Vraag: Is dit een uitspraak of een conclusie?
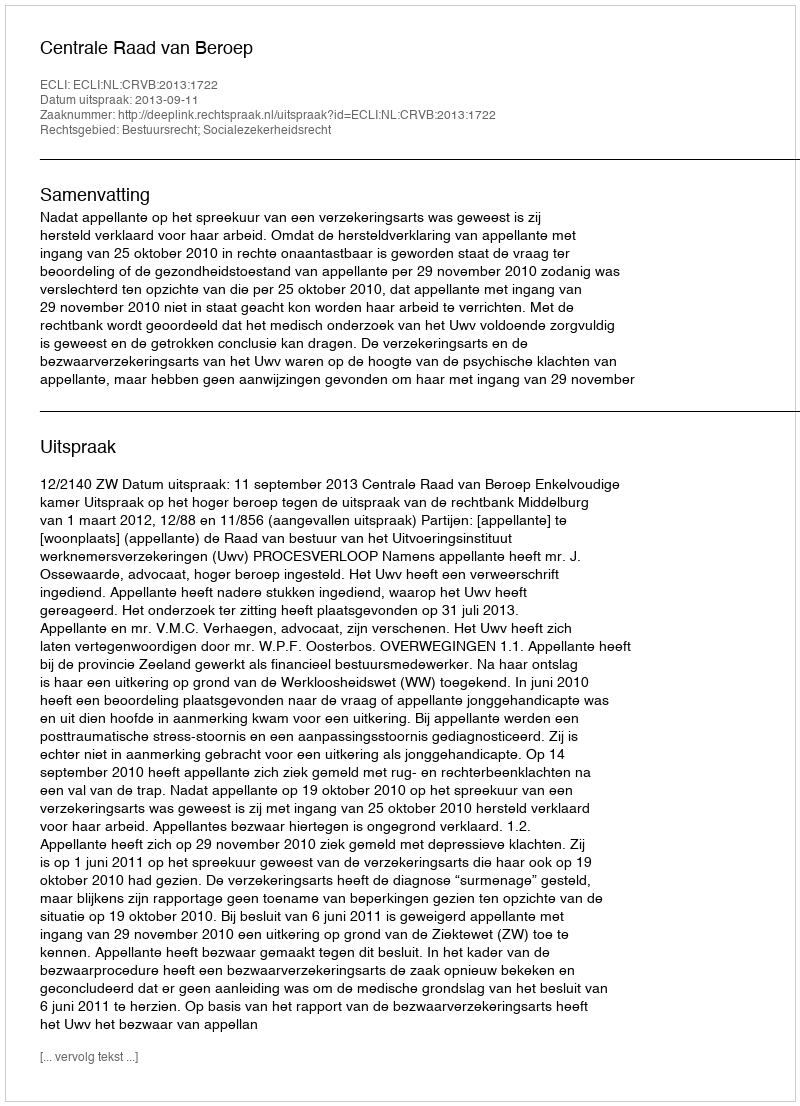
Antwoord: Uitspraak